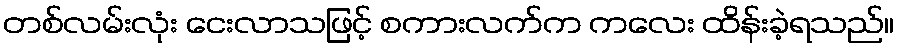
တစ်လမ်းလုံး ငေးလာသဖြင့် စကားလက်က ကလေး ထိန်းခဲ့ရသည်။